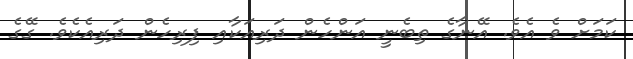
ކަމަށް ވެ އެވެ. އޭނާގެ ތިބެނީ އަންހެން ދަރިއަކާއި ފިރިހެން ދަރިއެކެވެ. ގޭގެ